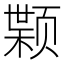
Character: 𫖷